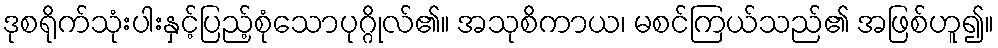
ဒုစရိုက်သုံးပါးနှင့်ပြည့်စုံသောပုဂ္ဂိုလ်၏။ အသုစိကာယ၊ မစင်ကြယ်သည်၏ အဖြစ်ဟူ၍။